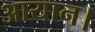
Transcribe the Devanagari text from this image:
आयान।